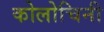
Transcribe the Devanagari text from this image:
कोलोचिनी